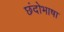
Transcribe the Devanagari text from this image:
छंदोभाषा